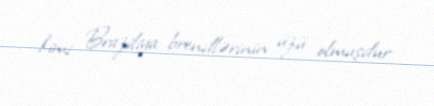
kimi Braziliya brendlərinin üzü olmuşdur.